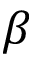
\beta